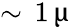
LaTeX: \sim\, 1\, \upmu